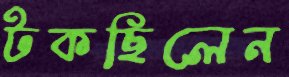
টকছিলেন